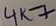
Text: 4K7